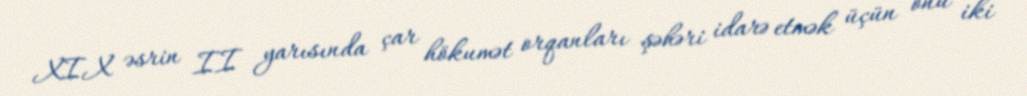
XIX əsrin II yarısında çar hökumət orqanları şəhəri idarə etmək üçün onu iki